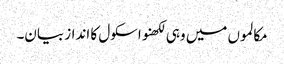
مکالموں میں وہی لکھنو اسکول کا انداز بیان۔